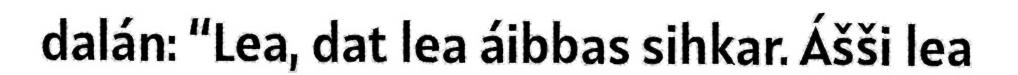
dalán: “Lea, dat lea áibbas sihkar. Ášši lea